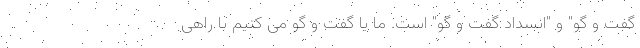
گفت و گو" و "انسداد گفت و گو" است. ما یا گفت و گو می کنیم با راهی